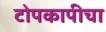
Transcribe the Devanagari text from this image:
टोपकापीचा